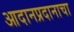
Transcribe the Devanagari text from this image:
आदानप्रदानाचा